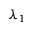
\lambda _ { 1 }